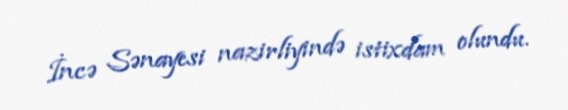
İncə Sənayesi nazirliyində istixdam olundu.